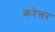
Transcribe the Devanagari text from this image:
करेत्तर